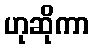
ဟုဆိုကာ